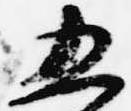
五